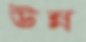
উন্ন